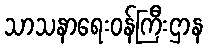
သာသနာရေးဝန်ကြီးဌာန